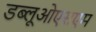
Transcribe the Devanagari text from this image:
डब्लूओएसएम